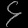
Digit: ၄